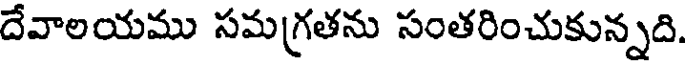
దేవాలయము సమగ్రతను సంతరించుకున్నది.